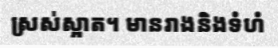
ស្រស់ស្អាត។ មានរាងនិងទំហំ